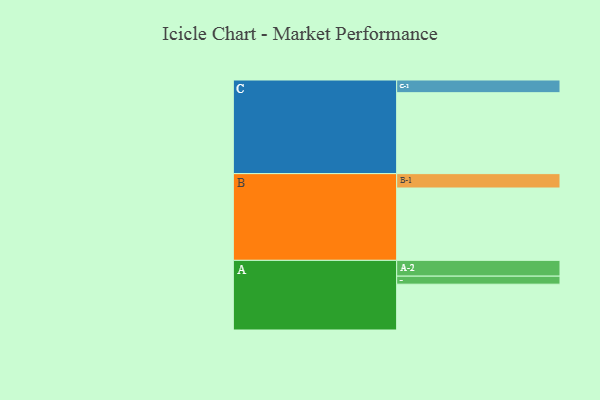
{"axis": {"x": "Segment", "y": "Value"}, "legend": ["", "A", "B", "C"], "data": [{"x": "A", "y": 325, "type": ""}, {"x": "B", "y": 513, "type": ""}, {"x": "C", "y": 574, "type": ""}, {"x": "A-1", "y": 57, "type": "A"}, {"x": "A-2", "y": 112, "type": "A"}, {"x": "B-1", "y": 102, "type": "B"}, {"x": "C-1", "y": 90, "type": "C"}]}